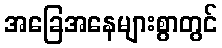
အခြေအနေများစွာတွင်